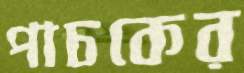
পাচকের